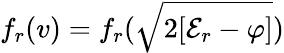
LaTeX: f_{r}(v)=f_{r}(\sqrt{2[{\cal E}_{r}-\varphi]})